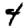
Digit: 4